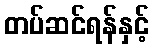
တပ်ဆင်ရန်နှင့်